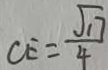
C E = \frac { \sqrt { 1 7 } } { 4 }